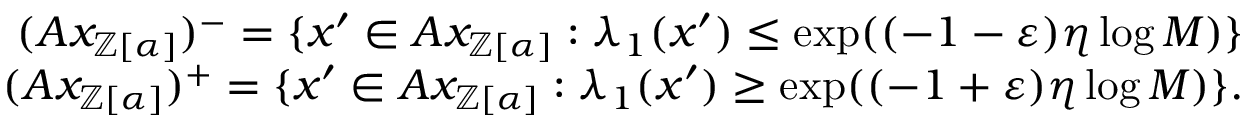
\begin{array} { r } { ( A x _ { \mathbb { Z } [ \alpha ] } ) ^ { - } = \{ x ^ { \prime } \in A x _ { \mathbb { Z } [ \alpha ] } : \lambda _ { 1 } ( x ^ { \prime } ) \le \exp ( ( - 1 - \varepsilon ) \eta \log M ) \} } \\ { ( A x _ { \mathbb { Z } [ \alpha ] } ) ^ { + } = \{ x ^ { \prime } \in A x _ { \mathbb { Z } [ \alpha ] } : \lambda _ { 1 } ( x ^ { \prime } ) \ge \exp ( ( - 1 + \varepsilon ) \eta \log M ) \} . } \end{array}